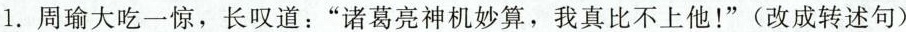
1.周瑜大吃一惊，长叹道：”诸葛亮神机妙算，我真比不上他！”(改成转述句)